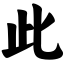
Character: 此